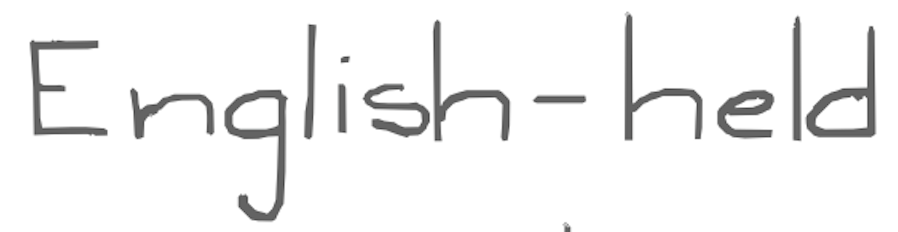
Text: English-held
Cross-out: clean
Writing tool: digital_gray